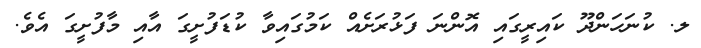
ލ. ކުނަހަންދޫ ކައިރީގައި އޮންނަ ފަޅުރަށެއް ކަމުގައިވާ ކުޑަފުށީގަ އާއި މާފުށީގަ އެވެ.